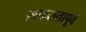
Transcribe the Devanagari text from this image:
सफलतापूर्व